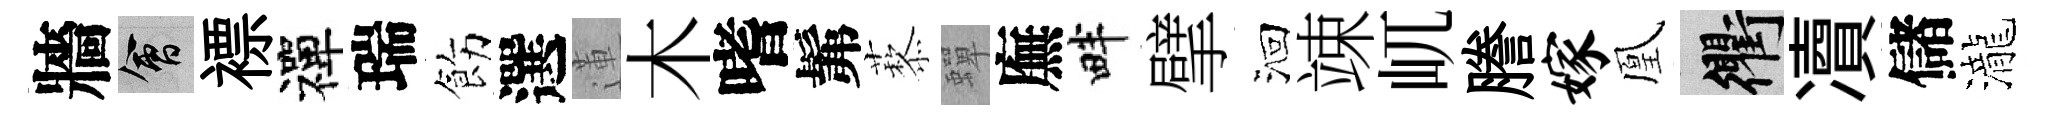
牆會褾禪瑞飭選蓮木嗜髴藜蟬廡畔擘洄竦屼謄嫁凰衢凟儲瀧